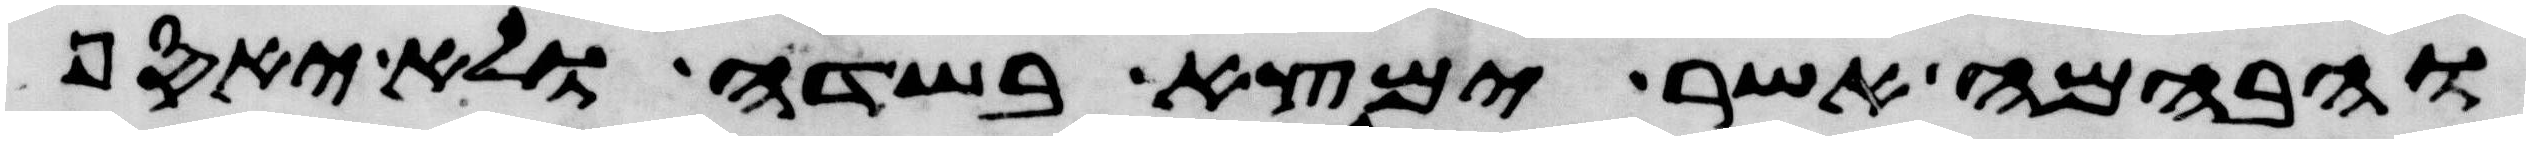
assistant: והבהמה אשר ימצא בשדה ולא יאסף